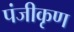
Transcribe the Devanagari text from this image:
पंजीकृण